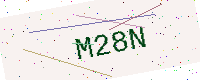
Text: M28N